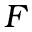
\ensuremath { \boldsymbol { F } }